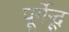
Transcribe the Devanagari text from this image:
पूर्गेन्दू